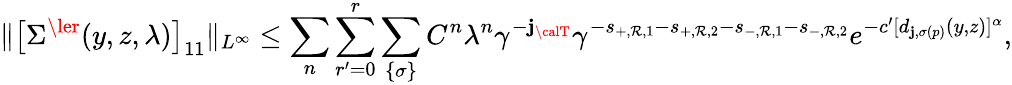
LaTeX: \Vert\big[\Sigma^{\ler}(y,z,\lambda)\big]_{11}\Vert_{L^{\infty}}\le\sum_{n}\sum_{r^{\prime}=0}^{r}\sum_{\{ \sigma\} }C^{n}\lambda^{n}\gamma^{-\mathbf{j}_{{\calT}}}\gamma^{-s_{+,\mathcal{R},1}-s_{+,\mathcal{R},2}-s_{-,\mathcal{R},1}-s_{-,\mathcal{R},2}}e^{-c^{\prime}[d_{\mathbf{j},\sigma(p)}(y,z)]^{\alpha}},